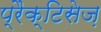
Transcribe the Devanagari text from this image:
प्रैक्टिसेज़